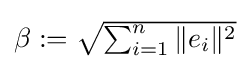
{\textstyle \beta :={\sqrt {\sum _{i=1}^{n}\|e_{i}\|^{2}}}}